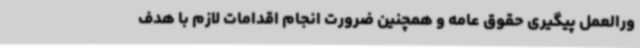
ورالعمل پیگیری حقوق عامه و همچنین ضرورت انجام اقدامات لازم با هدف